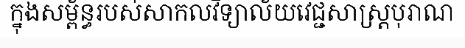
ក្នុងសម្ព័ន្ធរបស់សាកលវិទ្យាល័យវេជ្ជសាស្ត្របុរាណ